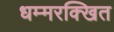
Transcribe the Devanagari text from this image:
धम्मरक्खित